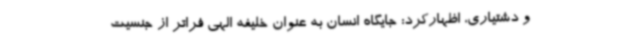
و دشتیاری، اظهارکرد: جایگاه انسان به عنوان خلیفه الهی فراتر از جنسیت